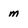
Character: m